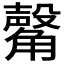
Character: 𧤴